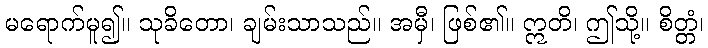
မရောက်မူ၍။ သုခိတော၊ ချမ်းသာသည်။ အမှီ၊ ဖြစ်၏။ ဣတိ၊ ဤသို့။ စိတ္တံ၊